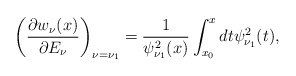
\begin{gather*} \left( \frac{\partial w_{\nu }(x)}{\partial E_{\nu }}\right) _{\nu =\nu _{1}}=\frac{1}{\psi _{\nu _{1}}^{2}(x)}\int_{x_{0}}^{x}dt\psi _{\nu _{1}}^{2}(t), \end{gather*}